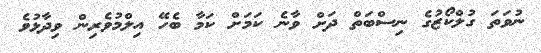
ނުވަތަ ގުލްކޯޒުގެ ނިސްބަތް ދަށް ވާނެ ކަމަށް ކަމާ ބެހޭ އިލްމުވެރިން ވިދާޅުވެ